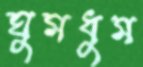
ঘুমধুম